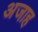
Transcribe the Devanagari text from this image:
अजाह